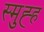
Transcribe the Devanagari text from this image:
स्मुह्ह